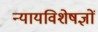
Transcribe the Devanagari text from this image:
न्यायविशेषज्ञों